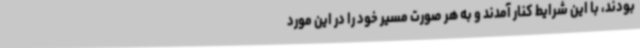
بودند، با این شرایط کنار آمدند و به هر صورت مسیر خود را در این مورد